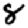
Digit: 8